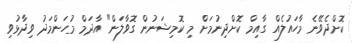
ކޮށްދެވޭނެ މާހައުލެއް ގާއިމް ކޮށްދިނުމަށް މި ކޮމިޝަނުން ގޮވާލަން" އާދަމް މުހަންމަދު ވިދާޅުވި